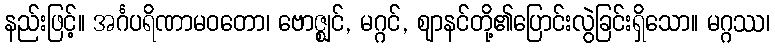
နည်းဖြင့်။ အင်္ဂပရိဏာမဝတော၊ ဗောဇ္ဈင်, မဂ္ဂင်, ဈာနင်တို့၏ပြောင်းလွဲခြင်းရှိသော။ မဂ္ဂဿ၊